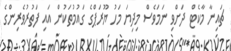
ޗައިނާ މާކެޓް ދަށްވި ނަމަވެސް މިދިޔަ މަހު ޔޫރަޕްގެ ގައުމުތަކުން އައި ފަތުރުވެރިންގެ